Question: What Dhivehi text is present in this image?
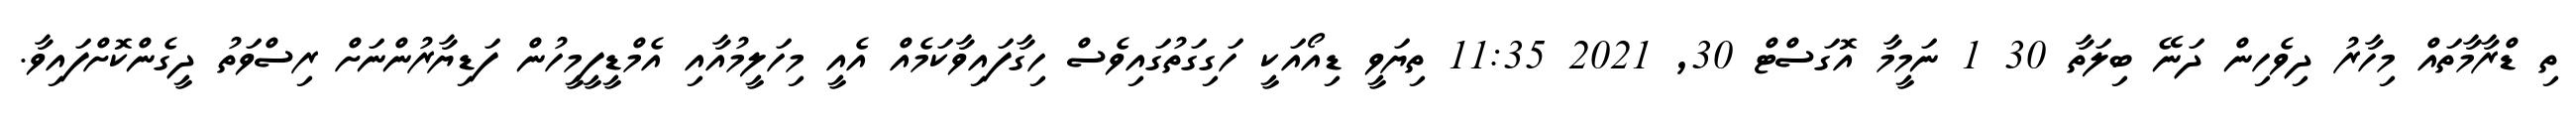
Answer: ތި ޑްރާމާތައް މިހާރު ދިވެހިން ދަނޭ ބިލަތާ 30 1 ނަމީމާ އޮގަސްޓް 30, 2021 11:35 ތިޔަވީ ޑިއޯއަކީ ހަގިގަތުގައިވެސް ހިގާފައިވާކަމެއް އެއީ މިހަލީމުއާއި އެމްޑީފީމީހުން ފަޑިޔާރުންނަށް ރިސްވަތު ދީގެންކޮށްފައިވާ.